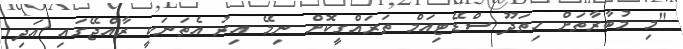
"މި މުބާރާތަށް ހިތަދޫ ސްޑޭޓިއަމް ތަރައްގީކޮށް ނިމޭ އިރު އެތަނަކީ ރާއްޖޭގައި އަދި